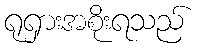
ရုရှားအစိုးရသည်